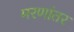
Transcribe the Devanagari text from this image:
मरणांतर